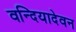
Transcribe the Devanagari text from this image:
वन्दियादेवन